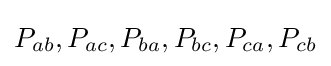
P_{ab},P_{ac},P_{ba},P_{bc},P_{ca},P_{cb}